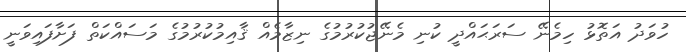
ހުވަދު އަތޮޅު ހިމެނޭ ސަރަޙައްދީ ކުނި މެނޭޖުކުރުމުގެ ނިޒާމެއް ޤާއިމުކުރުމުގެ މަސައްކަތް ފަށާފައިވަނީ